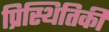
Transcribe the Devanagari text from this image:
प्रिस्थितिकी